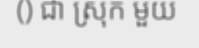
() ជា ស្រុក មួយ